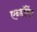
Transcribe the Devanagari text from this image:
एन्‍डॉमेंट